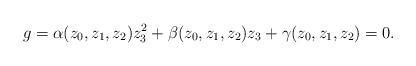
LaTeX: \begin{align*}g=\alpha(z_0,z_1,z_2)z_3^2+\beta(z_0,z_1,z_2)z_3+\gamma(z_0, z_1, z_2)=0.\end{align*}